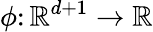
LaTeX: \phi\colon\mathbb{R}^{d+1}\rightarrow\mathbb{R}